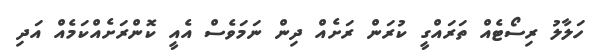
ހަލާލު ރިސޯޓެއް ތަރައްގީ ކުރަން ރަށެއް ދިން ނަަމަވެސް އެއީ ކޮންރަށެއްކަމެއް އަދި